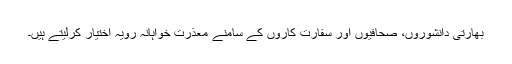
بھارتی دانشوروں، صحافیوں اور سفارت کاروں کے سامنے معذرت خواہانہ رویہ اختیار کرلیتے ہیں۔